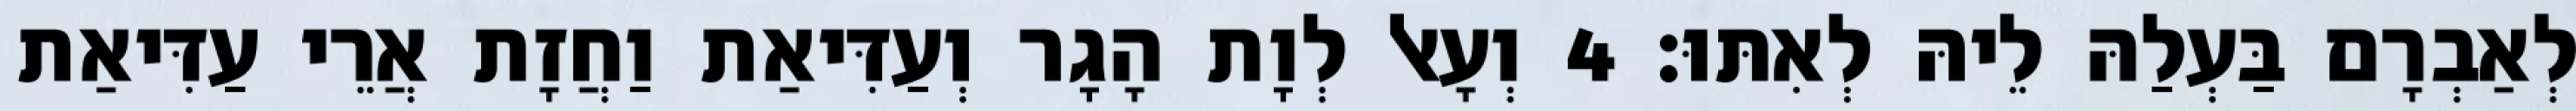
לְאַבְרָם בַּעְלַהּ לֵיהּ לְאִתּוּ׃ 4 וְעָאל לְוָת הָגָר וְעַדִּיאַת וַחֲזָת אֲרֵי עַדִּיאַת